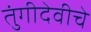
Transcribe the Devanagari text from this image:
तुंगीदेवीचे